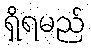
ရှိရမည်